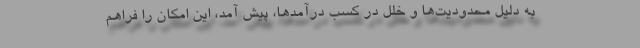
به دلیل محدودیت‌ها و خلل در کسب درآمدها، پیش آمد، این امکان را فراهم